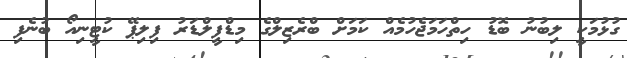
ގުޅުމަކީ ލިބުނު ބޮޑު ހިތްހަމަޖެހުމެއް ކަމަށް ބްރެޒިލްގެ މިޑްފީލްޑަރު ފިލިޕޭ ކުޓީނިއޯ ބުނެފި